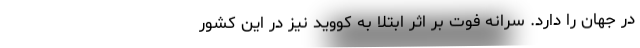
در جهان را دارد. سرانهٔ فوت بر اثر ابتلا به کووید نیز در این کشور